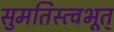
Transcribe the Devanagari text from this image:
सुमतिस्त्वभूत्